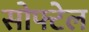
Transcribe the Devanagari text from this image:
सोफ्टेल